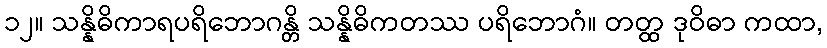
၁၂။ သန္နိဓိကာရပရိဘောဂန္တိ သန္နိဓိကတဿ ပရိဘောဂံ။ တတ္ထ ဒုဝိဓာ ကထာ,